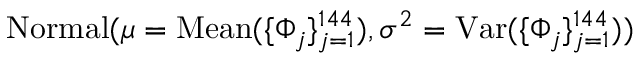
\mathrm { N o r m a l } ( \mu = \mathrm { M e a n } ( \{ \Phi _ { j } \} _ { j = 1 } ^ { 1 4 4 } ) , \sigma ^ { 2 } = \mathrm { V a r } ( \{ \Phi _ { j } \} _ { j = 1 } ^ { 1 4 4 } ) )